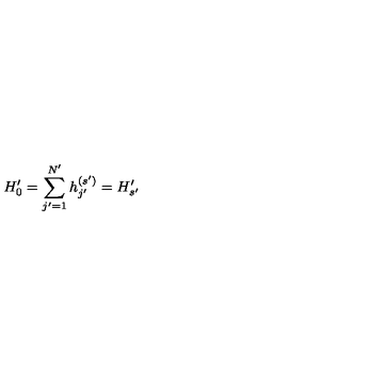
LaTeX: H _ { 0 } ^ { \prime } = \sum _ { j ^ { \prime } = 1 } ^ { N ^ { \prime } } h _ { j ^ { \prime } } ^ { ( s ^ { \prime } ) } = H _ { s ^ { \prime } } ^ { \prime }